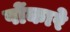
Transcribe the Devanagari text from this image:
पोंकारे